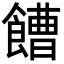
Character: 𩞄